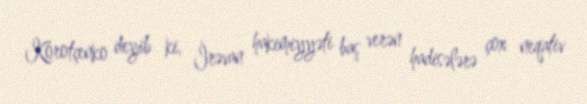
Korotçenko deyib ki, İrəvan hakimiyyəti baş verən hadisələrə çox neqativ